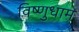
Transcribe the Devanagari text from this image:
विष्णुधाम